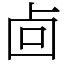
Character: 㔽